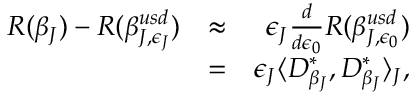
\begin{array} { r l r } { R ( \beta _ { J } ) - R ( \beta _ { J , \epsilon _ { J } } ^ { u s d } ) } & { \approx } & { \epsilon _ { J } \frac { d } { d \epsilon _ { 0 } } R ( \beta _ { J , \epsilon _ { 0 } } ^ { u s d } ) } \\ & { = } & { \epsilon _ { J } \langle D _ { \beta _ { J } } ^ { * } , D _ { \beta _ { J } } ^ { * } \rangle _ { J } , } \end{array}